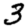
Digit: 3